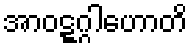
အာဝဋ္ဋဂ္ဂါဟောတိ